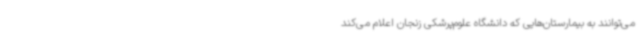
می‌توانند به بیمارستان‌هایی که دانشگاه علوم‌پرشکی زنجان اعلام می‌کند